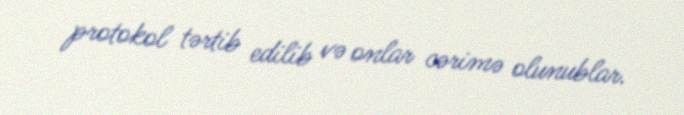
protokol tərtib edilib və onlar cərimə olunublar.